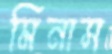
মিনাস